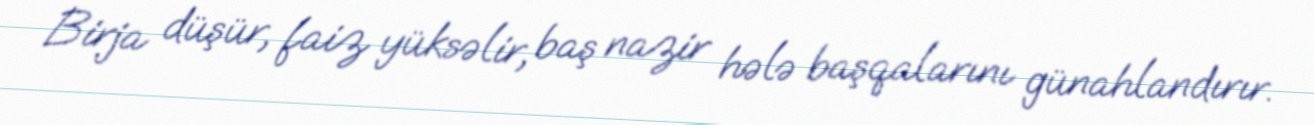
Birja düşür, faiz yüksəlir, baş nazir hələ başqalarını günahlandırır.